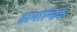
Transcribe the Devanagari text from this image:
हार्मान्सिक